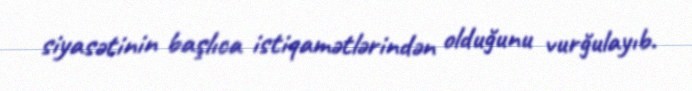
siyasətinin başlıca istiqamətlərindən olduğunu vurğulayıb.